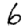
Digit: 6